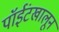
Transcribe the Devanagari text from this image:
पॉईंटखालून